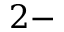
2 -